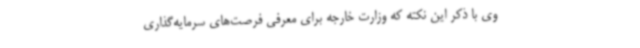
وی با ذکر این نکته که وزارت خارجه برای معرفی فرصت‌های سرمایه‌گذاری